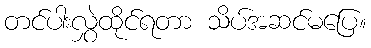
တင်ပါးလွှဲထိုင်ရတာ သိပ်အဆင်မပြေ။